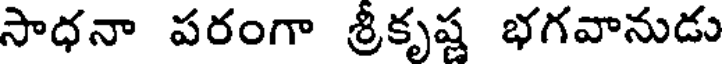
సాధనా పరంగా శ్రీకృష్ణ భగవానుడు